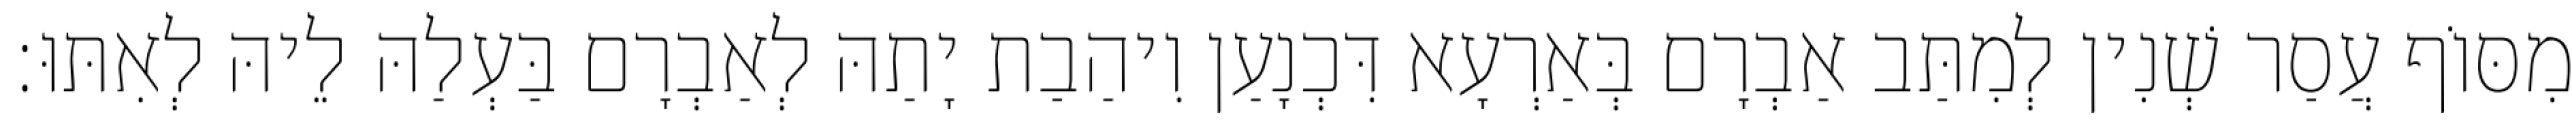
מִסּוֹף עֲסַר שְׁנִין לְמִתַּב אַבְרָם בְּאַרְעָא דִּכְנָעַן וִיהַבַת יָתַהּ לְאַבְרָם בַּעְלַהּ לֵיהּ לְאִתּוּ׃